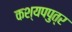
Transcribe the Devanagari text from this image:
कश्यपपुत्र